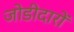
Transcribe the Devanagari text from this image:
जोडीदारों